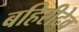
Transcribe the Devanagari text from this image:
बहिरीदेव